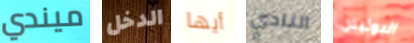
ميندي الدخل أيها النادي البوليس